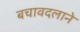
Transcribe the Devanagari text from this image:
बचावदलाने